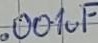
Text: .001µF